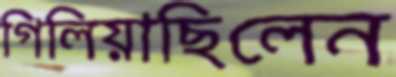
গিলিয়াছিলেন